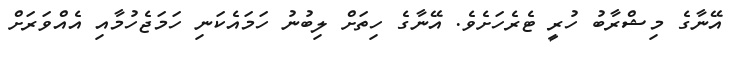
އޭނާގެ މިޝްރާބު ހުރީ ޓެރެހަށެވެ. އޭނާގެ ހިތަށް ލިބުނު ހަމައެކަނި ހަމަޖެހުމާއި އެއްވަރަށް